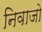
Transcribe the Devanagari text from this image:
निवाजो